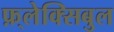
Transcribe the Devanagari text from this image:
फ़्लेक्सिबुल